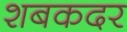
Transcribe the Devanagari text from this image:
शबकदर